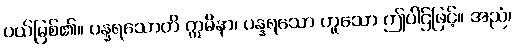
ပယ်မြစ်၏။ ပန္နရသောတိ ဣမိနာ၊ ပန္နရသော ဟူသော ဤပါဌ်ဖြင့်။ အညံ၊